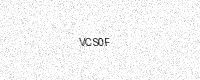
Text: VCS0F